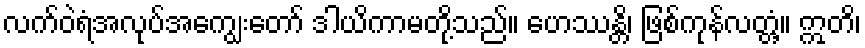
လက်ဝဲရံအလုပ်အကျွေးတော် ဒါယိကာမတို့သည်။ ဟေဿန္တိ၊ ဖြစ်ကုန်လတ္တံ့။ ဣတိ၊